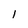
Character: l